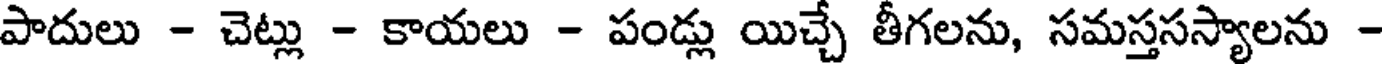
పాదులు - చెట్లు - కాయలు - పండ్లు యిచ్చే తీగలను, సమస్తసస్యాలను -